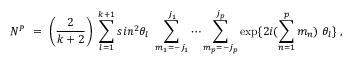
N ^ { \cal P } ~ = ~ \left( \frac { 2 } { k + 2 } \right) ~ \sum _ { l = 1 } ^ { k + 1 } s i n ^ { 2 } \theta _ { l } ~ \sum _ { m _ { 1 } = - j _ { 1 } } ^ { j _ { 1 } } \cdots \sum _ { m _ { p } = - j _ { p } } ^ { j _ { p } } \exp \{ 2 i ( \sum _ { n = 1 } ^ { p } m _ { n } ) ~ \theta _ { l } \} ~ ,